Pusta,_Kaarel_Robert, lk 15
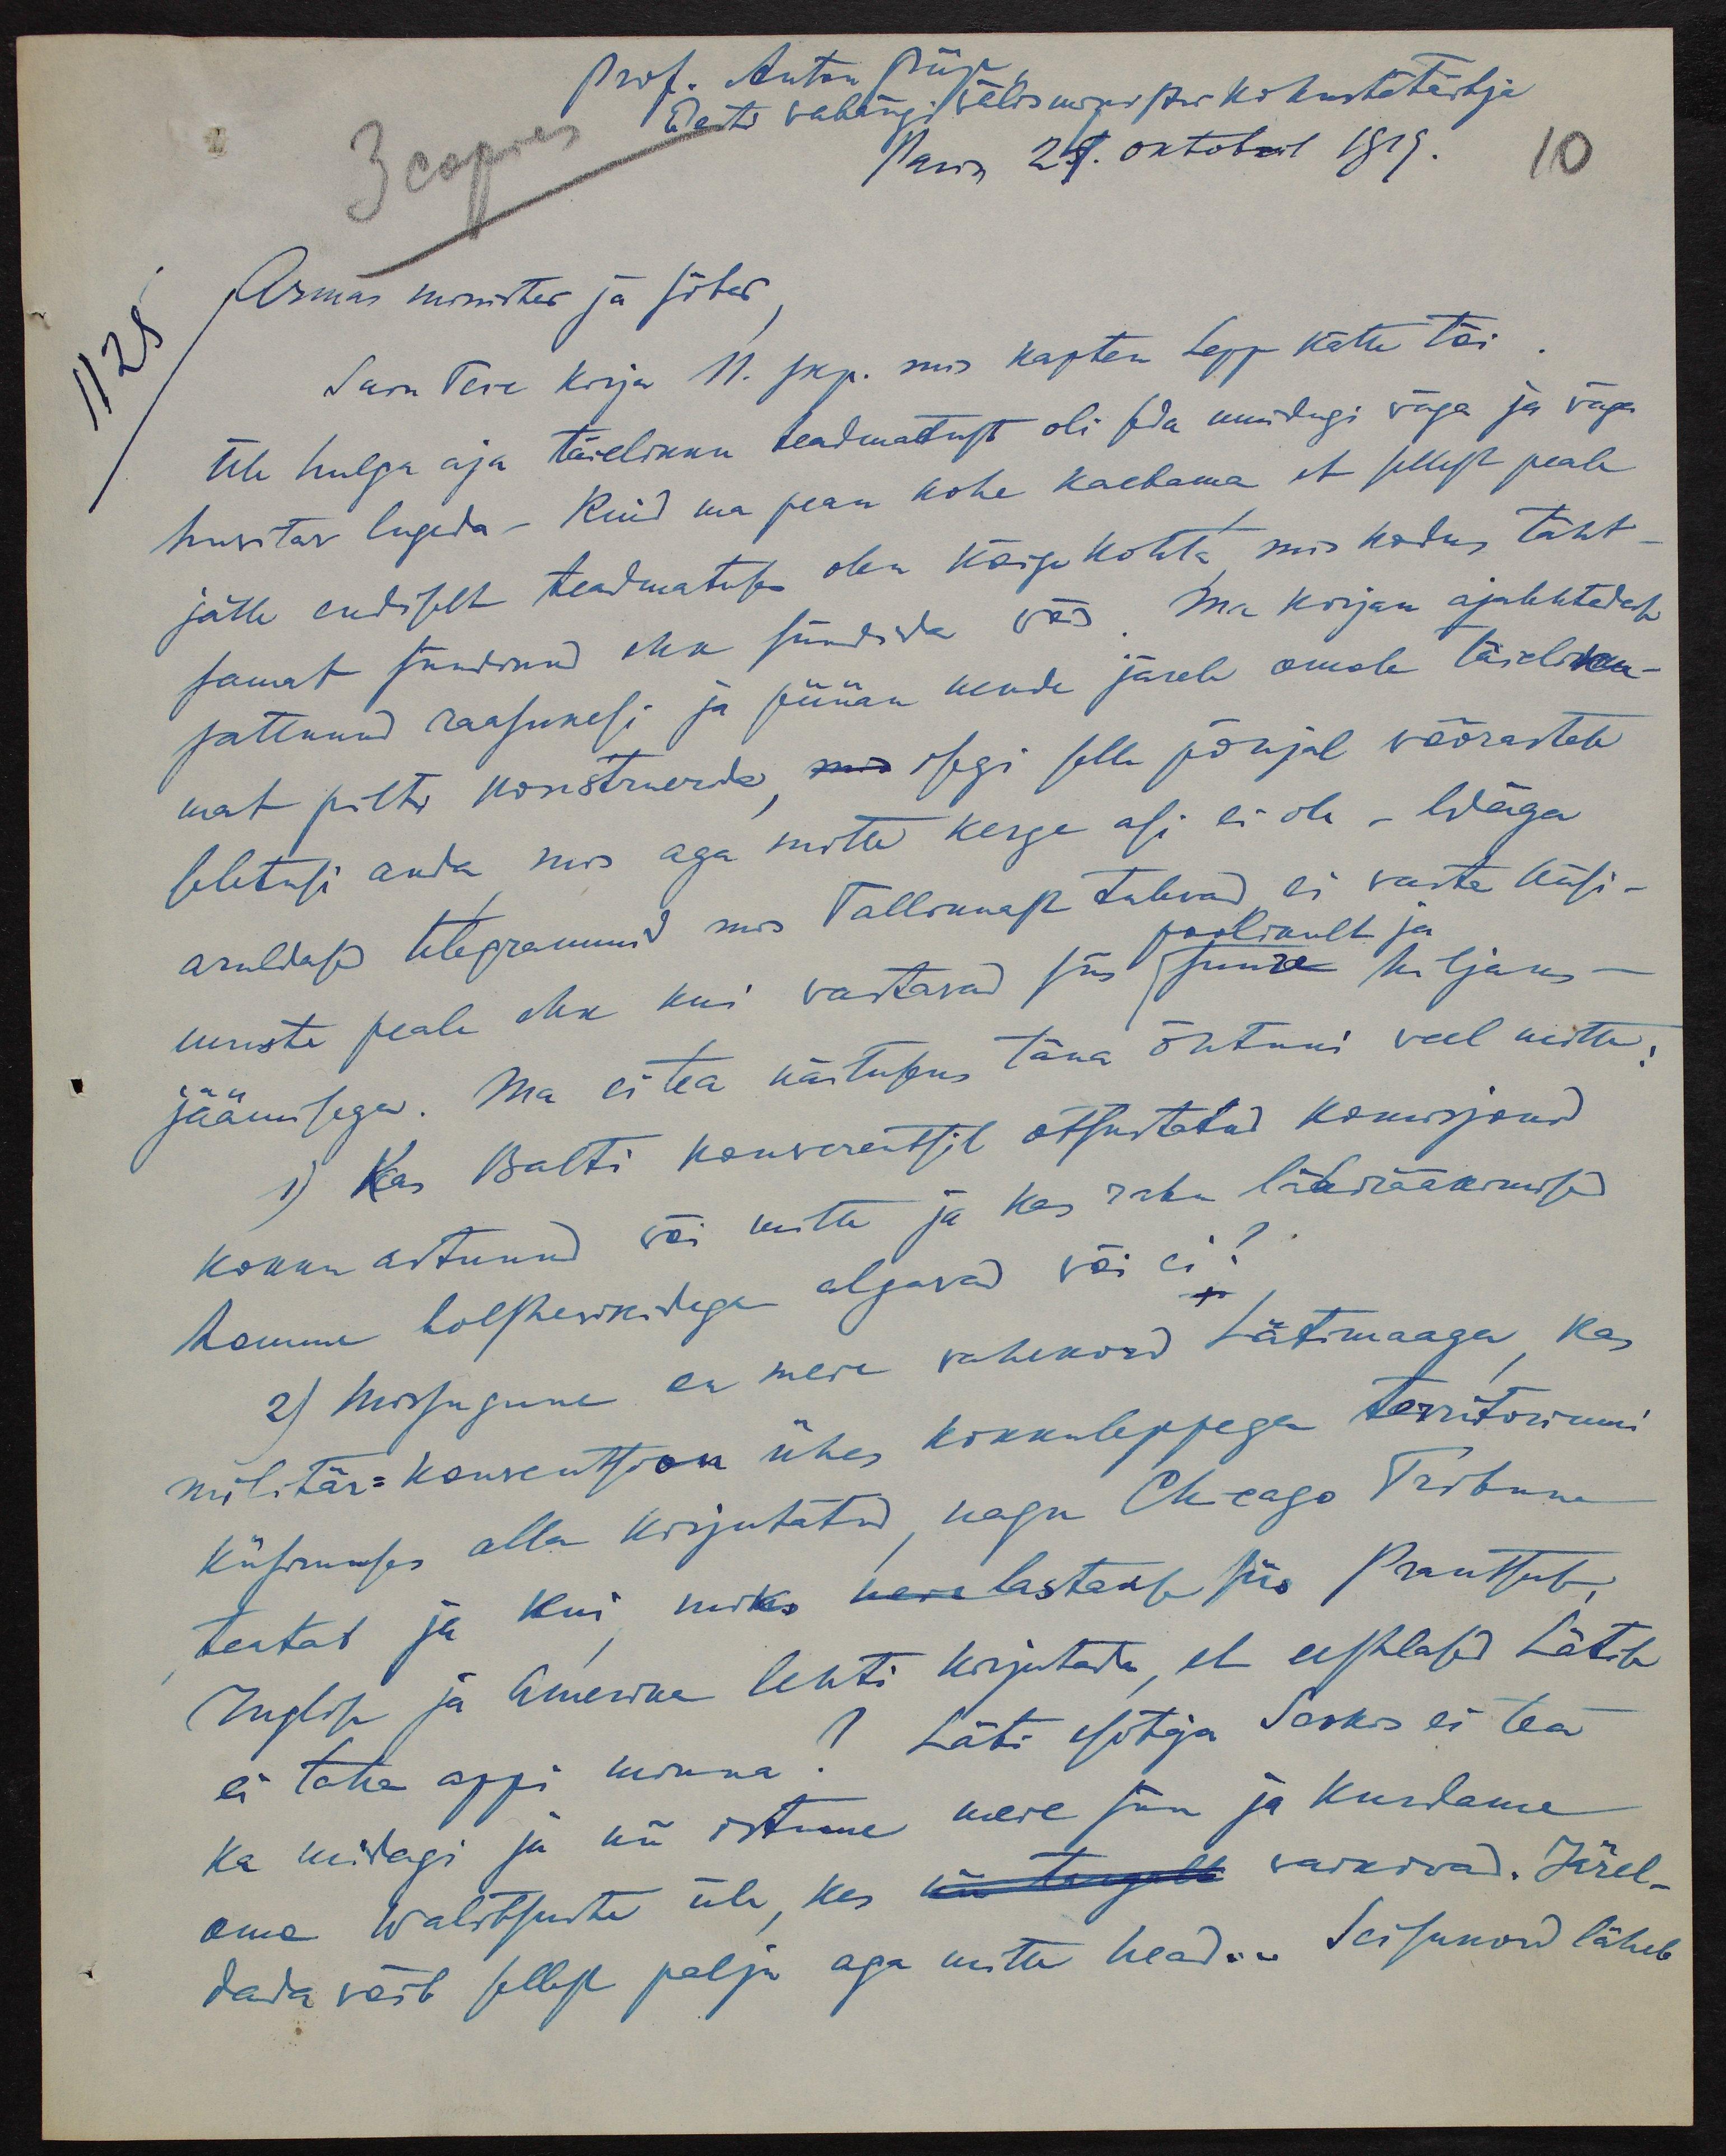
Prof. Ants Piip
Eesti vabariigi välisministri kohusetäitja
3 copies
Pariis 24. oktobril 1919.
10
1125
Armas minister ja sõber,
Sain Teie kirja 11. skp. mis kapten Lepp kätte tõi
Ühe hulga aja täielikku teadmatust oli seda muidugi väga ja väga
huvitav lugeda. Kuid ma pean kohe kaebama et sellest peale
jälle endiselt teadmatuses olen kõige kohta mis kodus täht-
samat sündinud ehk sündida võis Ma korjan ajalehtedesse
sattunud raasukesi ja püüan nende järele omale täieliku-
mat pilti konstruerida, isegi selle põhjal võõrastele
seletusi anda mis aga mitte kerge asi ei ole - Wäga
aruldased telegrammid mis Tallinnast tulevad, ei vasta küsi-
muste peale ehk kui vastavad siis suure hiljaks-
poolikult ja
jäämisega. Ma ei tea näituseks täna õhtuni veel mitte:
1) Kas Balti konverentsil otsustatud komisjonid
kokku astunud või mitte ja kas rahu läbirääkimised
homme bolshewikidega algavad või ei?
2) Missugune on meie vahekord Lätimaaga, kas
militär-konventsion ühes kokkuleppega territoriumi
küsimuses alla kirjutatud, nagu Chicago Tribune
teatab ja kui miks lastakse siis Prantsuse,
Inglise ja Amerika lehti kirjutada, et eestlased Lätile
ei taha appi minna? Läti esitaja Sorkis ei tea
ka midagi ja nii istume meie siin ja kurdame
oma Walitsuste üle, kes nii tugevalt vaikivad. Järel-
dada võib sellest palju aga mitte head. Seisukord läheb